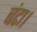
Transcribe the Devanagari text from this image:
बंटा।